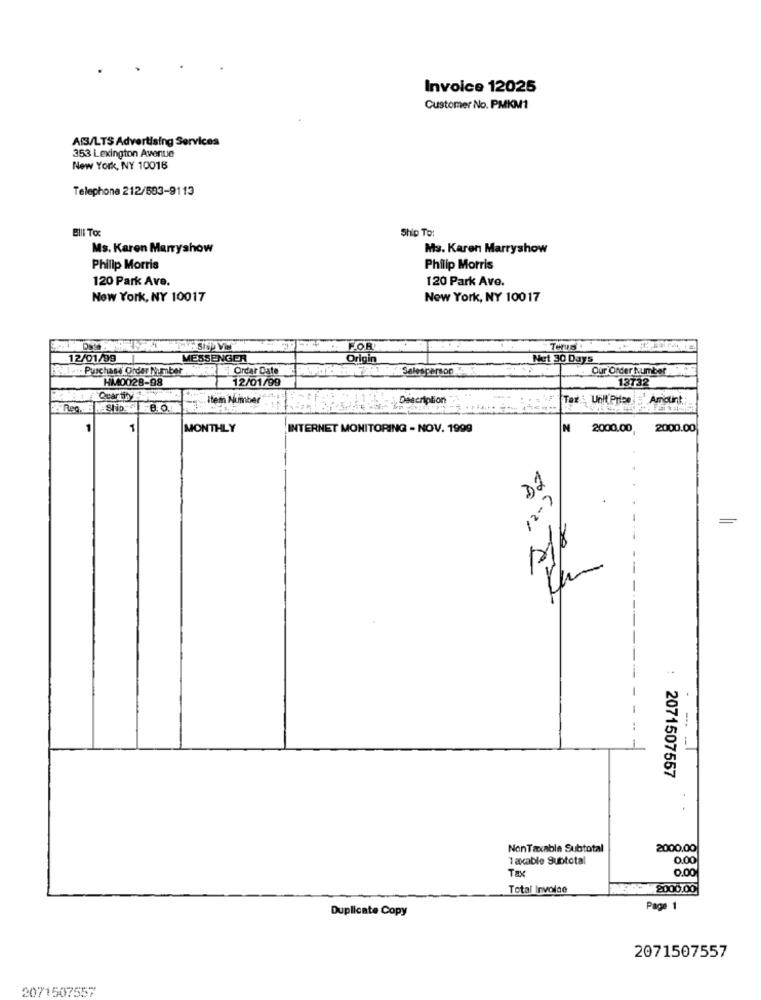
Invoice 12025
Customer No. PMKM1
AI3/LTS Advertising Services
353 Lexington Avenue
New York, NY 10016
Telephone 212/583-9113
Blll To
Ship To:
Ms. Karen Marryshow
Ms. Karen Marryshow
Philip Morris
Philip Morris
120 Park Ave.
120 Park Ave.
New York, NY 10017
New York, NY 10017
FOR
12/01/99
MESSENGER
Origin
Net 30 Days
1 ... Purchase Order Number
RUAER IF Order Date
Salesperson
Our Order Number
HM0028-98
13732
12/01/99
Quartis F
Item Number
Description
Tar Unit Price
Amount,
ZyReg .. 5
8.O.
1
1
MONTHLY
INTERNET MONITORING - NOV. 1999
N
2000.00,
2000.00
12-7
=
2071507557
NonTaxable Subtotal
2000.00
1 axcable Subtotal
0.00
Tax
0.00
Total Invoice
2000.00
Page 1
Duplicate Copy
2071507557
2071507557